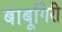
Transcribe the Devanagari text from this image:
बाबूगिरी